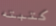
كتبته